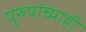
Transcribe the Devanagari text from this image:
पुरुषांच्याही